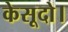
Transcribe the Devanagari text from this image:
केसूदो।